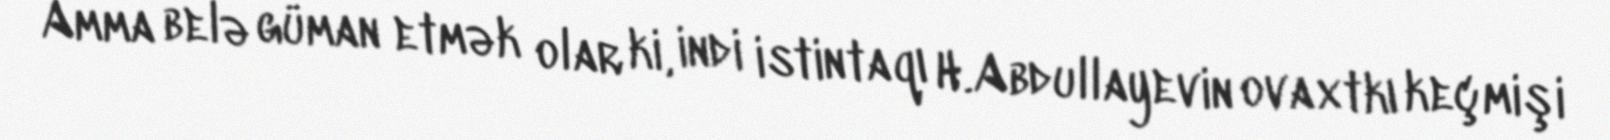
Amma belə güman etmək olar ki, indi istintaqı H.Abdullayevin ovaxtkı keçmişi